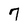
Character: 7